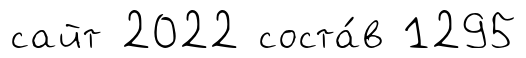
сайт 2022 соста́в 1295